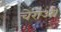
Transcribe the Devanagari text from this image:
चेराओं